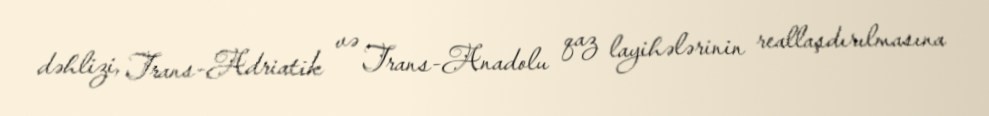
dəhlizi, Trans-Adriatik və Trans-Anadolu qaz layihələrinin reallaşdırılmasına